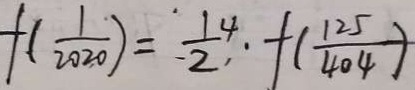
f ( \frac { 1 } { 2 0 2 0 } ) = \frac { 1 4 } { 2 } \cdot f ( \frac { 1 2 5 } { 4 0 4 } )